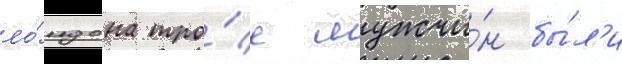
ло́ндона тро́е мужчи́н бы́л'и